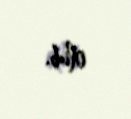
olub.